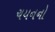
ચયનનો